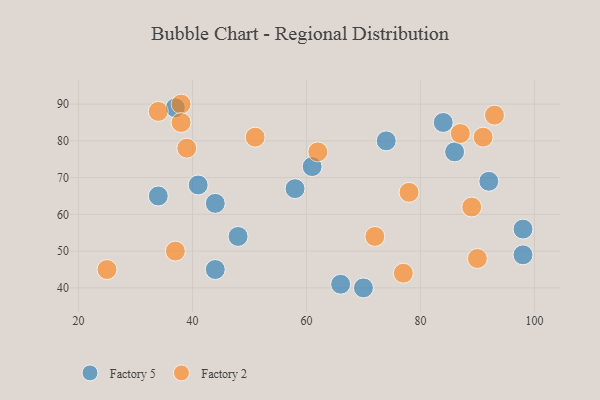
{"axis": {"x": "GDP", "y": "Life Expectancy"}, "legend": ["Factory 2", "Factory 5"], "data": [{"x": "44", "y": 45, "type": "Factory 5"}, {"x": "92", "y": 69, "type": "Factory 5"}, {"x": "98", "y": 56, "type": "Factory 5"}, {"x": "86", "y": 77, "type": "Factory 5"}, {"x": "66", "y": 41, "type": "Factory 5"}, {"x": "84", "y": 85, "type": "Factory 5"}, {"x": "37", "y": 89, "type": "Factory 5"}, {"x": "58", "y": 67, "type": "Factory 5"}, {"x": "74", "y": 80, "type": "Factory 5"}, {"x": "44", "y": 63, "type": "Factory 5"}, {"x": "48", "y": 54, "type": "Factory 5"}, {"x": "98", "y": 49, "type": "Factory 5"}, {"x": "34", "y": 65, "type": "Factory 5"}, {"x": "70", "y": 40, "type": "Factory 5"}, {"x": "41", "y": 68, "type": "Factory 5"}, {"x": "61", "y": 73, "type": "Factory 5"}, {"x": "34", "y": 88, "type": "Factory 2"}, {"x": "25", "y": 45, "type": "Factory 2"}, {"x": "87", "y": 82, "type": "Factory 2"}, {"x": "72", "y": 54, "type": "Factory 2"}, {"x": "78", "y": 66, "type": "Factory 2"}, {"x": "38", "y": 90, "type": "Factory 2"}, {"x": "38", "y": 85, "type": "Factory 2"}, {"x": "93", "y": 87, "type": "Factory 2"}, {"x": "90", "y": 48, "type": "Factory 2"}, {"x": "37", "y": 50, "type": "Factory 2"}, {"x": "91", "y": 81, "type": "Factory 2"}, {"x": "89", "y": 62, "type": "Factory 2"}, {"x": "62", "y": 77, "type": "Factory 2"}, {"x": "77", "y": 44, "type": "Factory 2"}, {"x": "39", "y": 78, "type": "Factory 2"}, {"x": "51", "y": 81, "type": "Factory 2"}]}